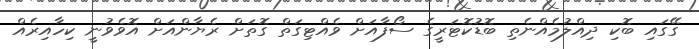
ގޭގައި ބޮކި ދިއްލުމެއްނެތި ބޮޑުކޮޓަރީގެ ސޯފާއަށް ވެއްޓިގަތް ގޮތަށް ރެޔާންއަށް އޮވެވުނީ ކިހާއިރެއް